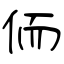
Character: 侕